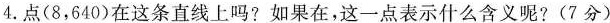
4.点(8，640)在这条直线上吗?如果在，这一点表示什么含义呢?(7分)